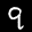
Label: 9